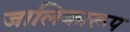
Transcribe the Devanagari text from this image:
जालिकारूप